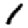
Digit: 1